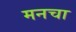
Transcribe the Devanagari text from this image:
मनचा